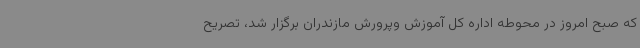
که صبح امروز در محوطه اداره کل آموزش وپرورش مازندران برگزار شد، تصریح